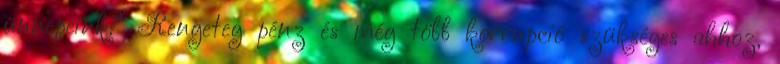
ünnepeink? Rengeteg pénz és még több korrupció szükséges ahhoz,